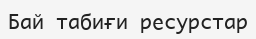
Бай табиғи ресурстар